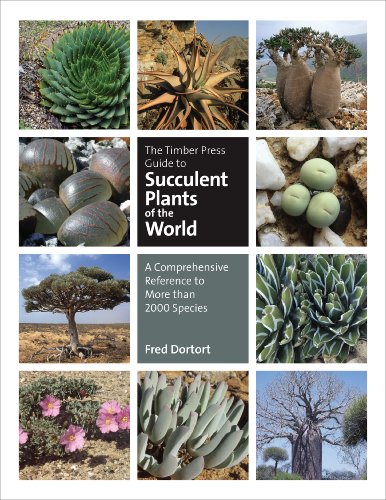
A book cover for The Timber Press Guide to Succulent Plants of the World: A Comprehensive Reference to More than 2000 Species; Fred Dortort; Crafts, Hobbies & Home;